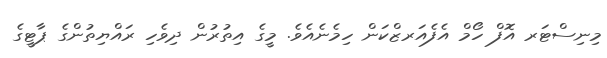
މިނިސްޓަރ އޮފް ހޯމް އެފެއަރޒްކަން ހިމެނެއެވެ. މީގެ އިތުރުން ދިވެހި ރައްޔިތުންގެ ޕާޓީގެ